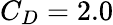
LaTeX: C_{D}=2.0